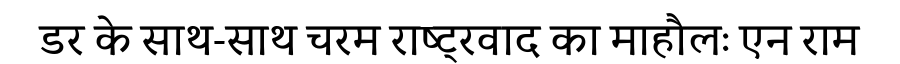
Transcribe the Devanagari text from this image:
डर के साथ-साथ चरम राष्ट्रवाद का माहौलः एन राम